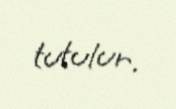
tutulur.